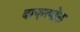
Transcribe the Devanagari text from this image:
वाएनपोल